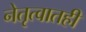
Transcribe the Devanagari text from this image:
नेतृत्वातही